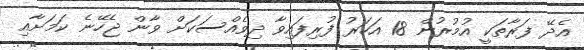
އެދޭ ފަރާތަކީ އުމުރުން 18 އަހަރު ފުރިފައިވާ ދިވެއްސަކަށް ވާން ޖެހޭނެ ކަމަށާއި